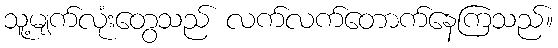
သူ့မျက်လုံးတွေသည် လက်လက်တောက်နေကြသည်။